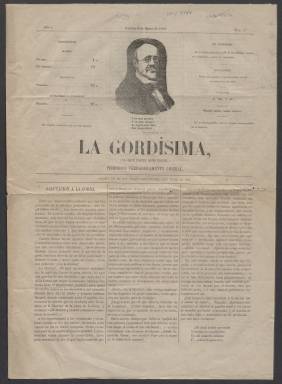
Título: La Gordísima (Madrid)
Colección: Periódicos
Ámbito geográfico: Madrid
Lugar de publicación: Madrid
Fechas: 08/01/1869-08/01/1869